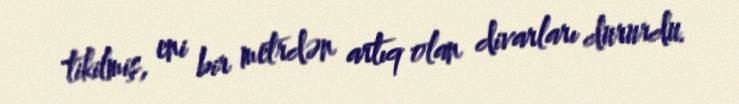
tikilmiş, eni bir metrdən artıq olan divarları dururdu.